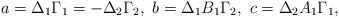
LaTeX: \begin{align*}a=\Delta_1\Gamma_1=-\Delta_2\Gamma_2,\ b=\Delta_1 B_1\Gamma_2,\ c=\Delta_2 A_1\Gamma_1,\end{align*}